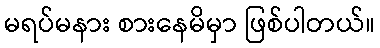
မရပ်မနား စားနေမိမှာ ဖြစ်ပါတယ်။